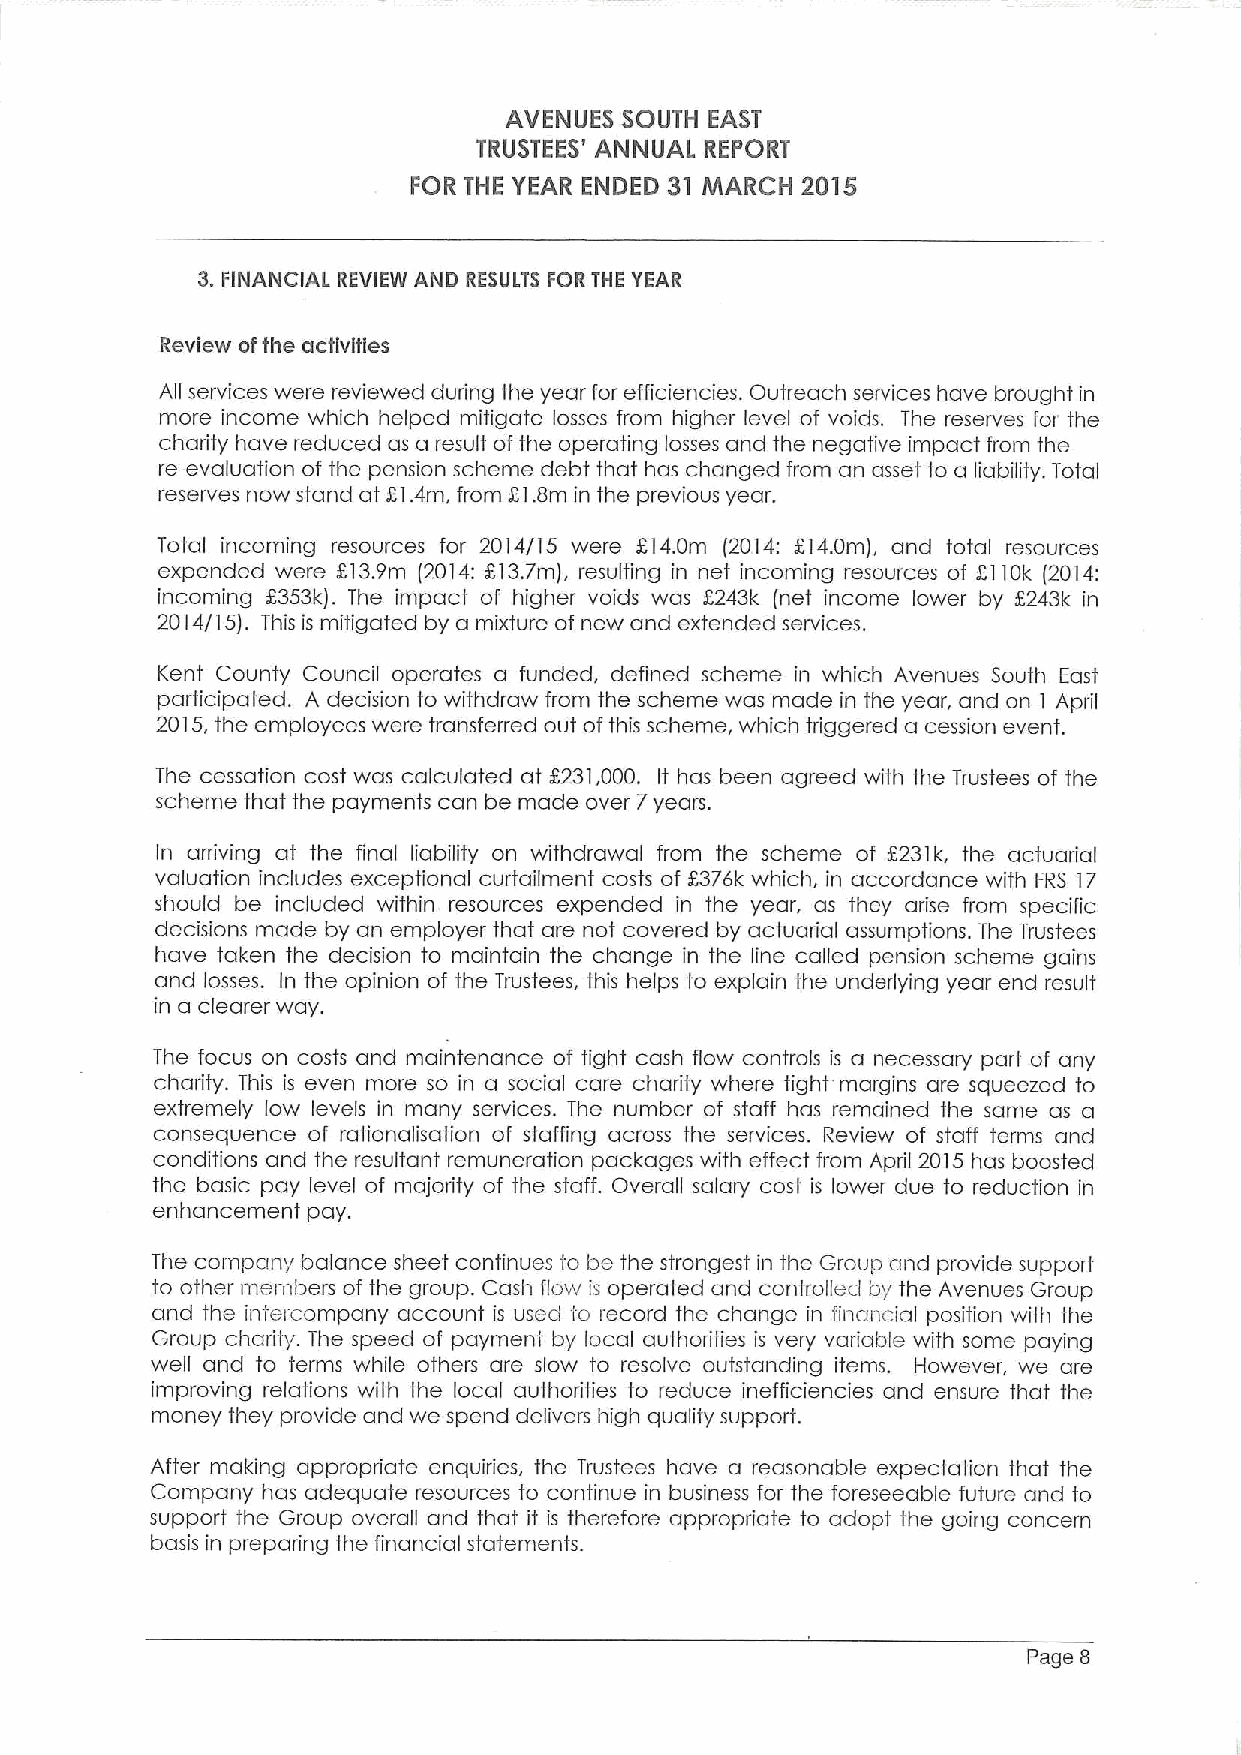
AVENUES SOUTH EAST
 TRUSTEES' ANNUAL REPORT
 FOR THE YEAR ENDED 31 MARCH 2015
 3.FINANCIAL REVIEW AND RESULTS FOR THE YEAR
 Review offhe activities
 All services were reviewed duVing the year for efficiencies. Outreach services have brought in
 more income which helped mitigate losses from higher level of voids. The reserves for the
 charity have reduced as a result ofthe operating losses and the negative impact from the
 re-evaluation of the pension scheme debt that has changed from an asset to a liability. Total
 reserves now stand at EI.4m, from E).8m in the previous year.
 Total incoming resources for 2014/15 were E)4.0m (2014: E14.0m), and total resources
 expended were X)3.9m (2014:E)3.7m), resulting in net incoming resources of K110k (2014;
 incoming 2353k). The impact of higher voids was E243k (net income lower by E243k in
 2014/15). This is mitigated by a mixture of new and extended services.
 Vent County Council operates a funded, defined scheme in which Avenues South East
 participated. A decision to withdraw from the scheme was made in the year, and on I April
 2015,the employees were transferred out ofthis scheme, which tUggered a cession event.
 The cessation cost was calculated at E231,000. It has been agreed with the Trustees of the
 scheme that the payments can be made over 7years.
 In arriving at the final liability on withdrawal from the scheme of E231k, the actuaHal
 valuation includes exceptional curtailment costs of K376k which, in accordance with FRS 17
 should be included within resources expended in the year, as they aVise from specific
 decisions made by an employer that are not covered by actuarial assumptions. The Trustees
 have taken the decision to maintain the change in the line culled pension scheme gains
 and losses. In the opinion of the Trustees, this helps to explain the underlying year end result
 in a clearer way.
 The focus on costs and maintenance of tight cash flow controls is a necessary part of any
 charity. This is even more so in a social care charity where tight margins are squeezed to
 extremely low levels in many services. The number of staff has remained the same as a
 consequence of rationalisation of staffing across the services. Review of staff terms and
 conditions and the resultant remuneration packages with effect from April 2015 has boosted
 the basic pay level of majohty of the staff. Overall salary cost is lower due to reduction in
 enhancement pay.
 The company balance sheet continues to be the strongest in the Group and provide support
 to other members of the group. Cash flow is operated and controllecl by the Avenues Group
 and the iniercompany account is used lo record the change in financial position with the
 Group charily. The speed of payment by local authorifies is very variable with some paying
 well and to terms while others are slow to resolve outstanding items. However, we are
 improving relations with the local authorities to reduce inefficiencies and ensure that the
 money they provide and we spend delivers high quality support.
 After making appropriate enquiries, the Trustees have a reasonable expectation that the
 Company has adequate resources to continue in business for the foreseeable future and to
 support the Group overall and that it is therefore appropriate to adopt the going concern
 basis in preparing the financial statements.
 Page 8